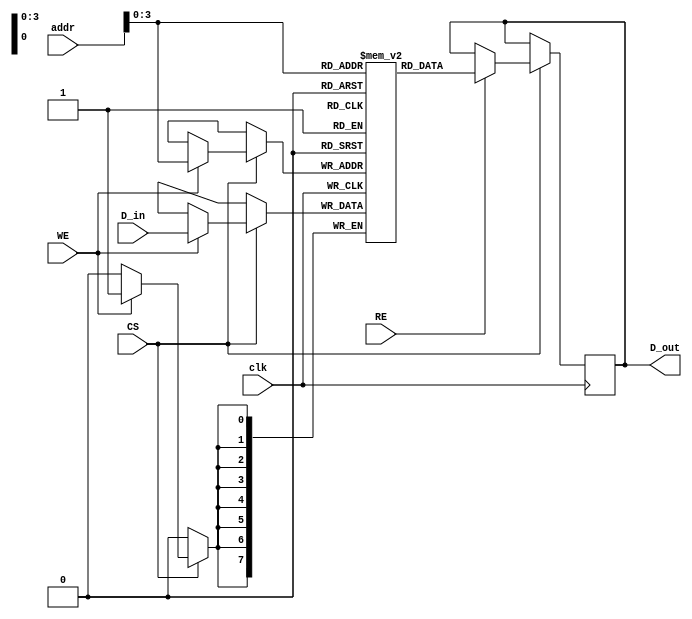
module embedded_sram #(
    parameter N = 16, // Number of memory words (rows)
    parameter M = 8    // Number of bits per word (columns)
)(
    input wire clk,            // Clock signal
    input wire WE,             // Write Enable
    input wire RE,             // Read Enable
    input wire CS,             // Chip Select
    input wire [4:0] addr,     // Address lines (5 bits for N=16)
    input wire [M-1:0] D_in,   // Data Input
    output reg [M-1:0] D_out   // Data Output
);

    // Memory array declaration
    reg [M-1:0] memory [0:N-1];

    // Address decoding and read/write operations
    always @(posedge clk) begin
        if (CS) begin
            if (WE) begin
                // Write operation
                memory[addr] <= D_in;
            end
            if (RE) begin
                // Read operation
                D_out <= memory[addr];
            end
        end
    end

    // Optional: Add power management and buffering features here
    // For simplicity, these features are not implemented in this basic example

endmodule